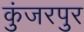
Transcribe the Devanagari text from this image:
कुंजरपुर